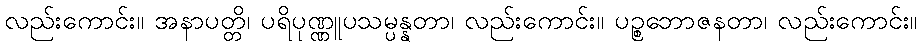
လည်းကောင်း။ အနာပတ္တိ၊ ပရိပုဏ္ဏူပသမ္ပန္နတာ၊ လည်းကောင်း။ ပဉ္စဘောဇနတာ၊ လည်းကောင်း။